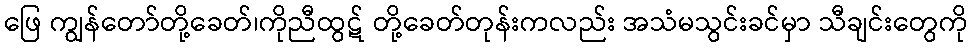
ဖြေ ကျွန်တော်တို့ခေတ်၊ကိုညီထွဋ် တို့ခေတ်တုန်းကလည်း အသံမသွင်းခင်မှာ သီချင်းတွေကို